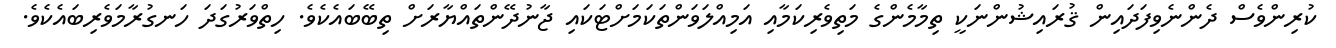
ކުރިންވެސް ދެންނެވިފަދައިން ޤުރައިޝުންނަކީ ތިމާމެންގެ މަތިވެރިކަމާއި އަމިއްލަވަންތަކަމަށްޓަކައި ޖާނުދޭންތައްޔާރަށް ތިބޭބައެކެވެ. ހިތްވަރުގަދަ ހަނގުރާމަވެރިބައެކެވެ.